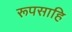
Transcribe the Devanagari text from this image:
रूपसाहि